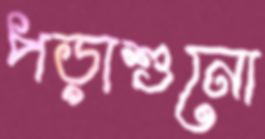
পড়াশুনো